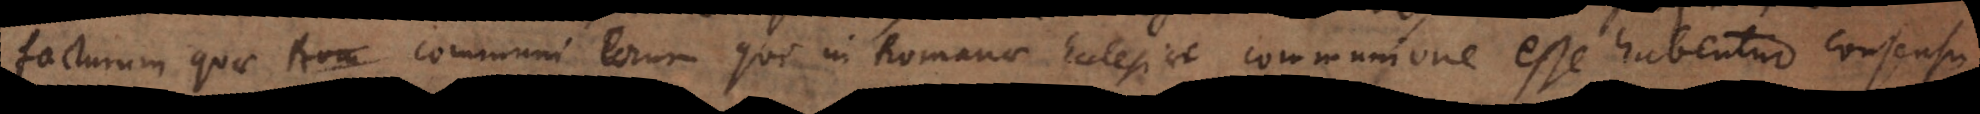
facturum quae communi eorum qui in Romanae Ecclesiae communione esse habentur consensu